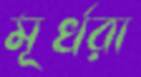
মূর্খরা